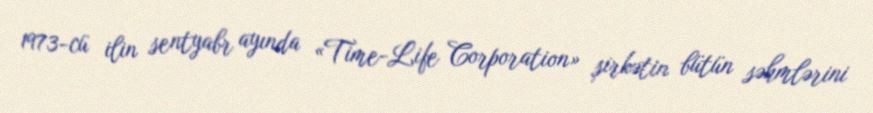
1973-cü ilin sentyabr ayında «Time-Life Corporation» şirkətin bütün səhmlərini